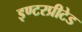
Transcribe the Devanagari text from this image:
इण्टरप्रीटेड